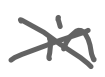
Text: in
Cross-out: cross
Writing tool: digital_gray